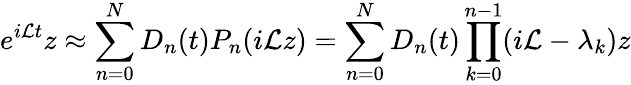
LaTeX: e^{i\mathcal{L}t}z\approx\sum_{n=0}^{N}D_{n}(t)P_{n}(i\mathcal{L}z)=\sum_{n=0}^{N}D_{n}(t)\prod_{k=0}^{n-1}(i\mathcal{L}-\lambda_{k})z